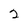
Character: 2